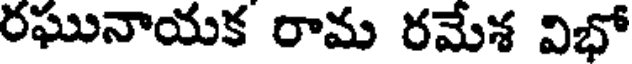
రఘునాయక రామ రమేశ విభో